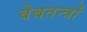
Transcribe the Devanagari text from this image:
वेबतन्त्रों